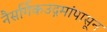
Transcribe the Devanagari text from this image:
नैसर्गिकउद्गमांपासून